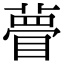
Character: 瞢